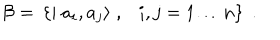
{ \cal B } = \, \left\{ \mid a _ { i } , a _ { j } \rangle \; , \; \, \, \, i , j = 1 \ldots n \right\} \; .